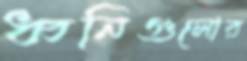
ধ্বনিগুলোর